system: You are a helpful assistant.
user:
Analyze the provided spectrum to determine if it is a **"Cataclysmic Variables (CV)"**.

- **Key Indicators for CV (Check for either state):**
    - **State 1: Quiescent / Low-State (Emission-Dominated)**
        - **(Primary):** Strong and *very broad* Hydrogen Balmer emission lines (e.g., $H\alpha$ at 6563 Å, $H\beta$ at 4861 Å). The 'broadness' (high velocity dispersion, often FWHM > 1000 km/s) is the key diagnostic, indicating a high-velocity accretion disk.
        - **(Secondary):** Broad neutral Helium (He I) emission lines (e.g., 5876 Å, 6678 Å).
        - **(Key Confirmation):** Presence of high-excitation *ionized* Helium (He II) emission at 4686 Å. This is a strong indicator of accretion onto a white dwarf.
        - **(Line Profile):** Emission lines may exhibit a 'double-peaked' profile, which is a classic signature of a rotating accretion disk viewed at high inclination.

    - **State 2: Outburst / High-State (Absorption-Dominated)**
        - **(Primary):** Spectrum is dominated by a bright, blue continuum (looks like a hot star).
        - **(Secondary):** The emission lines from State 1 are weak, absent, or 'filled in', and are replaced by broad, shallow *absorption* lines (primarily Balmer and He I).
        - **(Morphology):** The overall spectrum mimics a hot B/A-type star. The crucial difference is that the absorption lines are significantly broader, shallower, and more 'washed-out' (or 'smeared') than the sharp lines of a normal stellar photosphere, due to high rotational speeds and pressure broadening in the disk.

Think first, call **spectral_visualization_tool** if needed to examine features in detail, then provide your final answer. Your response must adhere to the following strict rules:
1.  **Overall Structure:** Your response must follow the format `<think>...</think> <tool_call>...</tool_call> (if a tool is used) <answer>...</answer>`.
2.  **Tool Usage Constraint:** You may only make **one** tool call per turn.
3.  **Final Answer Format:** In the `<answer>` tag, your conclusion must be inside a `\boxed{}` command (e.g., `\boxed{YES}`), followed by your justification.

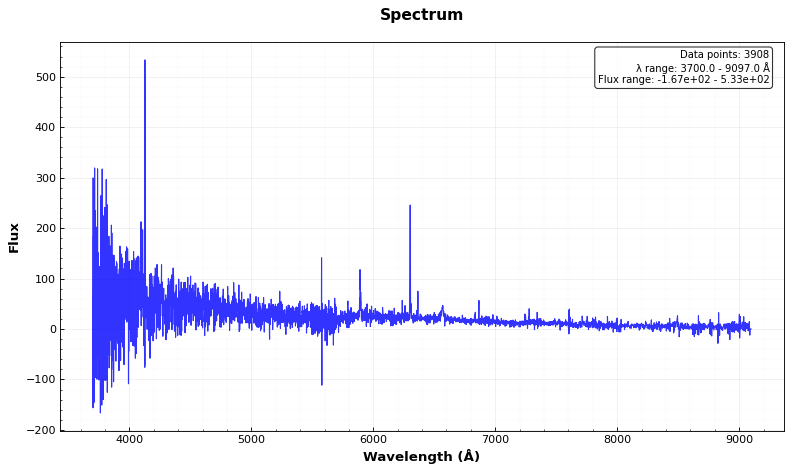
Answer: YES